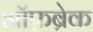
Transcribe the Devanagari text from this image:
ऑफ़ब्रेक